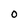
Character: O